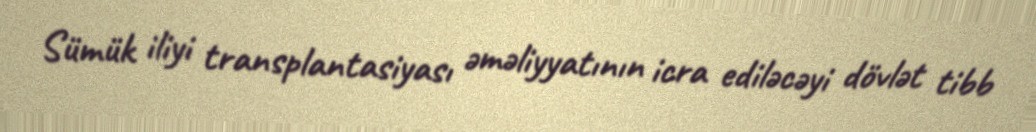
Sümük iliyi transplantasiyası əməliyyatının icra ediləcəyi dövlət tibb